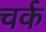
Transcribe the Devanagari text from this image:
चर्क